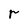
Character: r